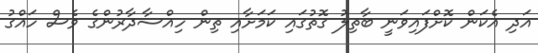
އަދި އެކަން ކޮށްފައިވަނީ ބާތިލު ގޮތުގައި ކަމަށާއި ތިން ހިއްސާދާރުންގެ ވެސް ހައްގު